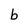
Character: b